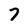
Character: 7